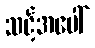
သင့်အပေါ်